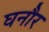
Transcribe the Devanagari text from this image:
घनौर